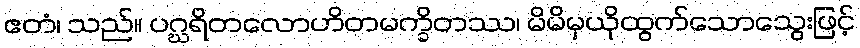
ဧတံ၊ သည်။ ပဂ္ဃရိတလောဟိတမက္ခိတဿ၊ မိမိမှယိုထွက်သောသွေးဖြင့်